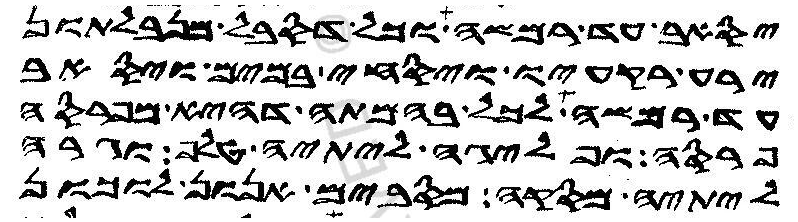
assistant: יסאב עד רמשה וכל דסבל מנבלתון
ירע רקעיו ויסחי במים ויסאב
עד רמשה לכל בהמתה דהיא מפרסה
פרסה ופליגה ליתיה טלף וגרה
ליתיה מסקה מסבים אנון לוכון